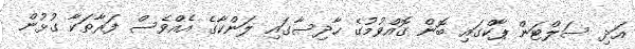
އަދި ސަލްޓަން ޕާކްގައި ބޮން ގޮއްވުމުގެ ހާދިސާގައި ލަންކާގެ އެއްވެސް ފަރާތަކާ ގުޅުން